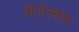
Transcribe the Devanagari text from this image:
दीपोत्सवा